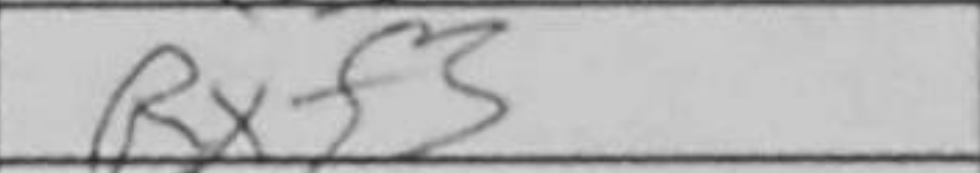
Transcription: Rxf3